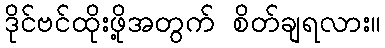
ဒိုင်ဗင်ထိုးဖို့အတွက် စိတ်ချရလား။